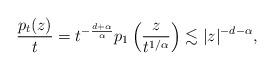
LaTeX: \begin{align*}\frac{p_t(z)}{t}=t^{-\frac{d+\alpha}{\alpha}}p_1\left(\frac{z}{t^{1/\alpha}}\right)\lesssim |z|^{-d-\alpha},\end{align*}